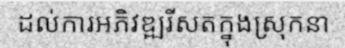
ដល់ការអភិវឌ្ឍរីសតក្នុងស្រុកនា